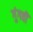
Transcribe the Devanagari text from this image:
गुंगवीं